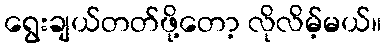
ရွေးချယ်တတ်ဖို့တော့ လိုလိမ့်မယ်။